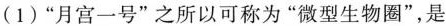
(1)”月宫一号”之所以可称为”微型生物圈”，是